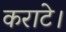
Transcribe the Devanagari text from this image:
कराटे।